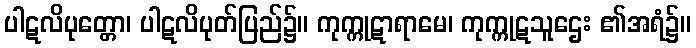
ပါဋလိပုတ္တော၊ ပါဋလိပုတ်ပြည်၌။ ကုက္ကုဋာရာမေ၊ ကုက္ကုဋသူဌေး ၏အရံ၌။